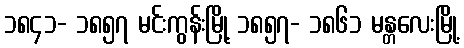
၁၈၄၁- ၁၈၅၇ မင်းကွန်းမြို့ ၁၈၅၇- ၁၈၆၁ မန္တလေးမြို့